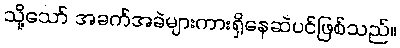
သို့သော် အခက်အခဲများကားရှိနေဆဲပင်ဖြစ်သည်။